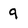
Character: 9